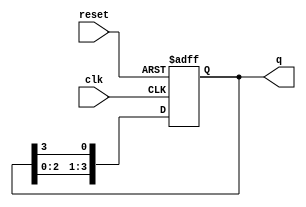
module ring_counter (
    input wire clk,       // Clock signal
    input wire reset,     // Reset signal
    output reg [3:0] q    // 4-bit output representing the state of the counter
);

// Initial state of the counter
initial begin
    q = 4'b1000; // Initialize to 1000
end

// Sequential logic for the ring counter
always @(posedge clk or posedge reset) begin
    if (reset) begin
        q <= 4'b1000; // Reset to initial state
    end else begin
        // Shift the '1' through the flip-flops
        q <= {q[2:0], q[3]}; // Circular shift
    end
end

endmodule